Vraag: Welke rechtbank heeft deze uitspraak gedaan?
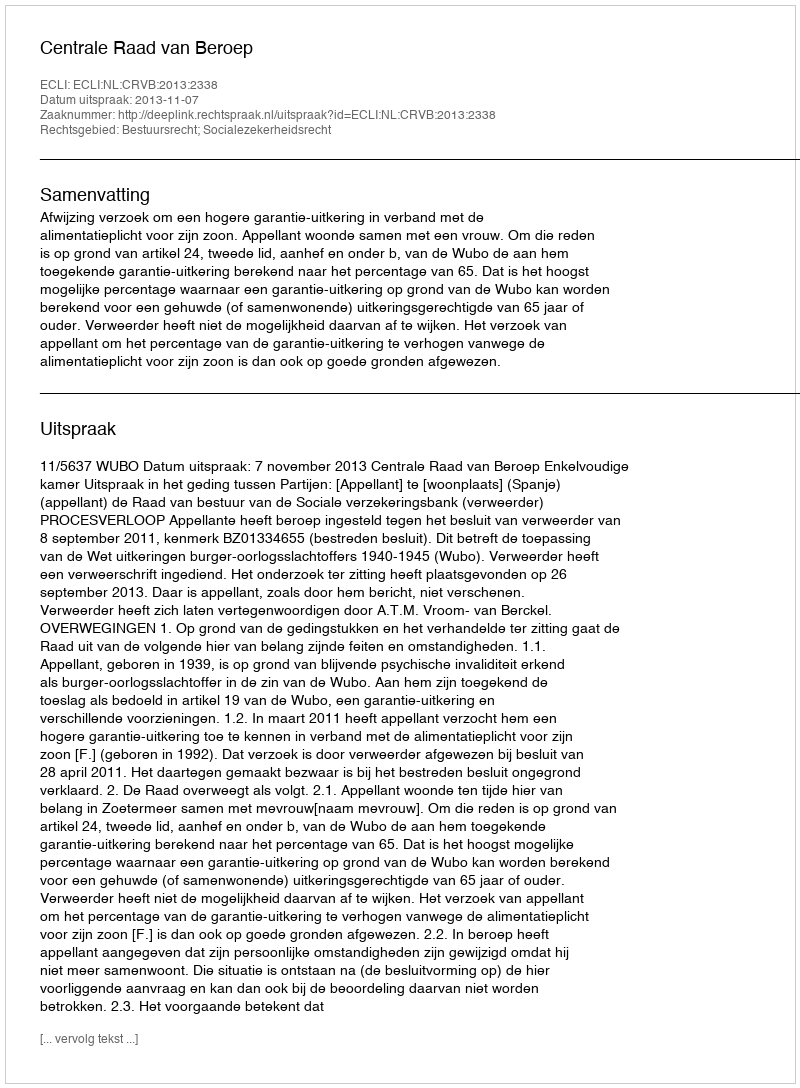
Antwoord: Centrale Raad van Beroep